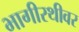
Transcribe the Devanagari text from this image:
भागीरथीवर